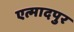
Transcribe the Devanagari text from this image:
एत्मादपुर